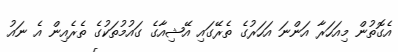
އެގޮތުން މިއަހަރާ އަންނަ އަހަރުގެ ތެރޭގައި އޭޝިއާގެ ގައުމުތަކުގެ ތެރެއިން އެ ނައު